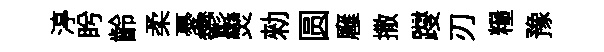
渟盻齡柔憂鬱𤓖勑圆廱撒躞刃糧豫